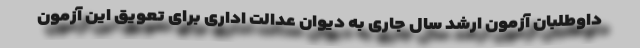
داوطلبان آزمون ارشد سال جاری به دیوان عدالت اداری برای تعویق این آزمون